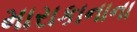
મારાકાનાના